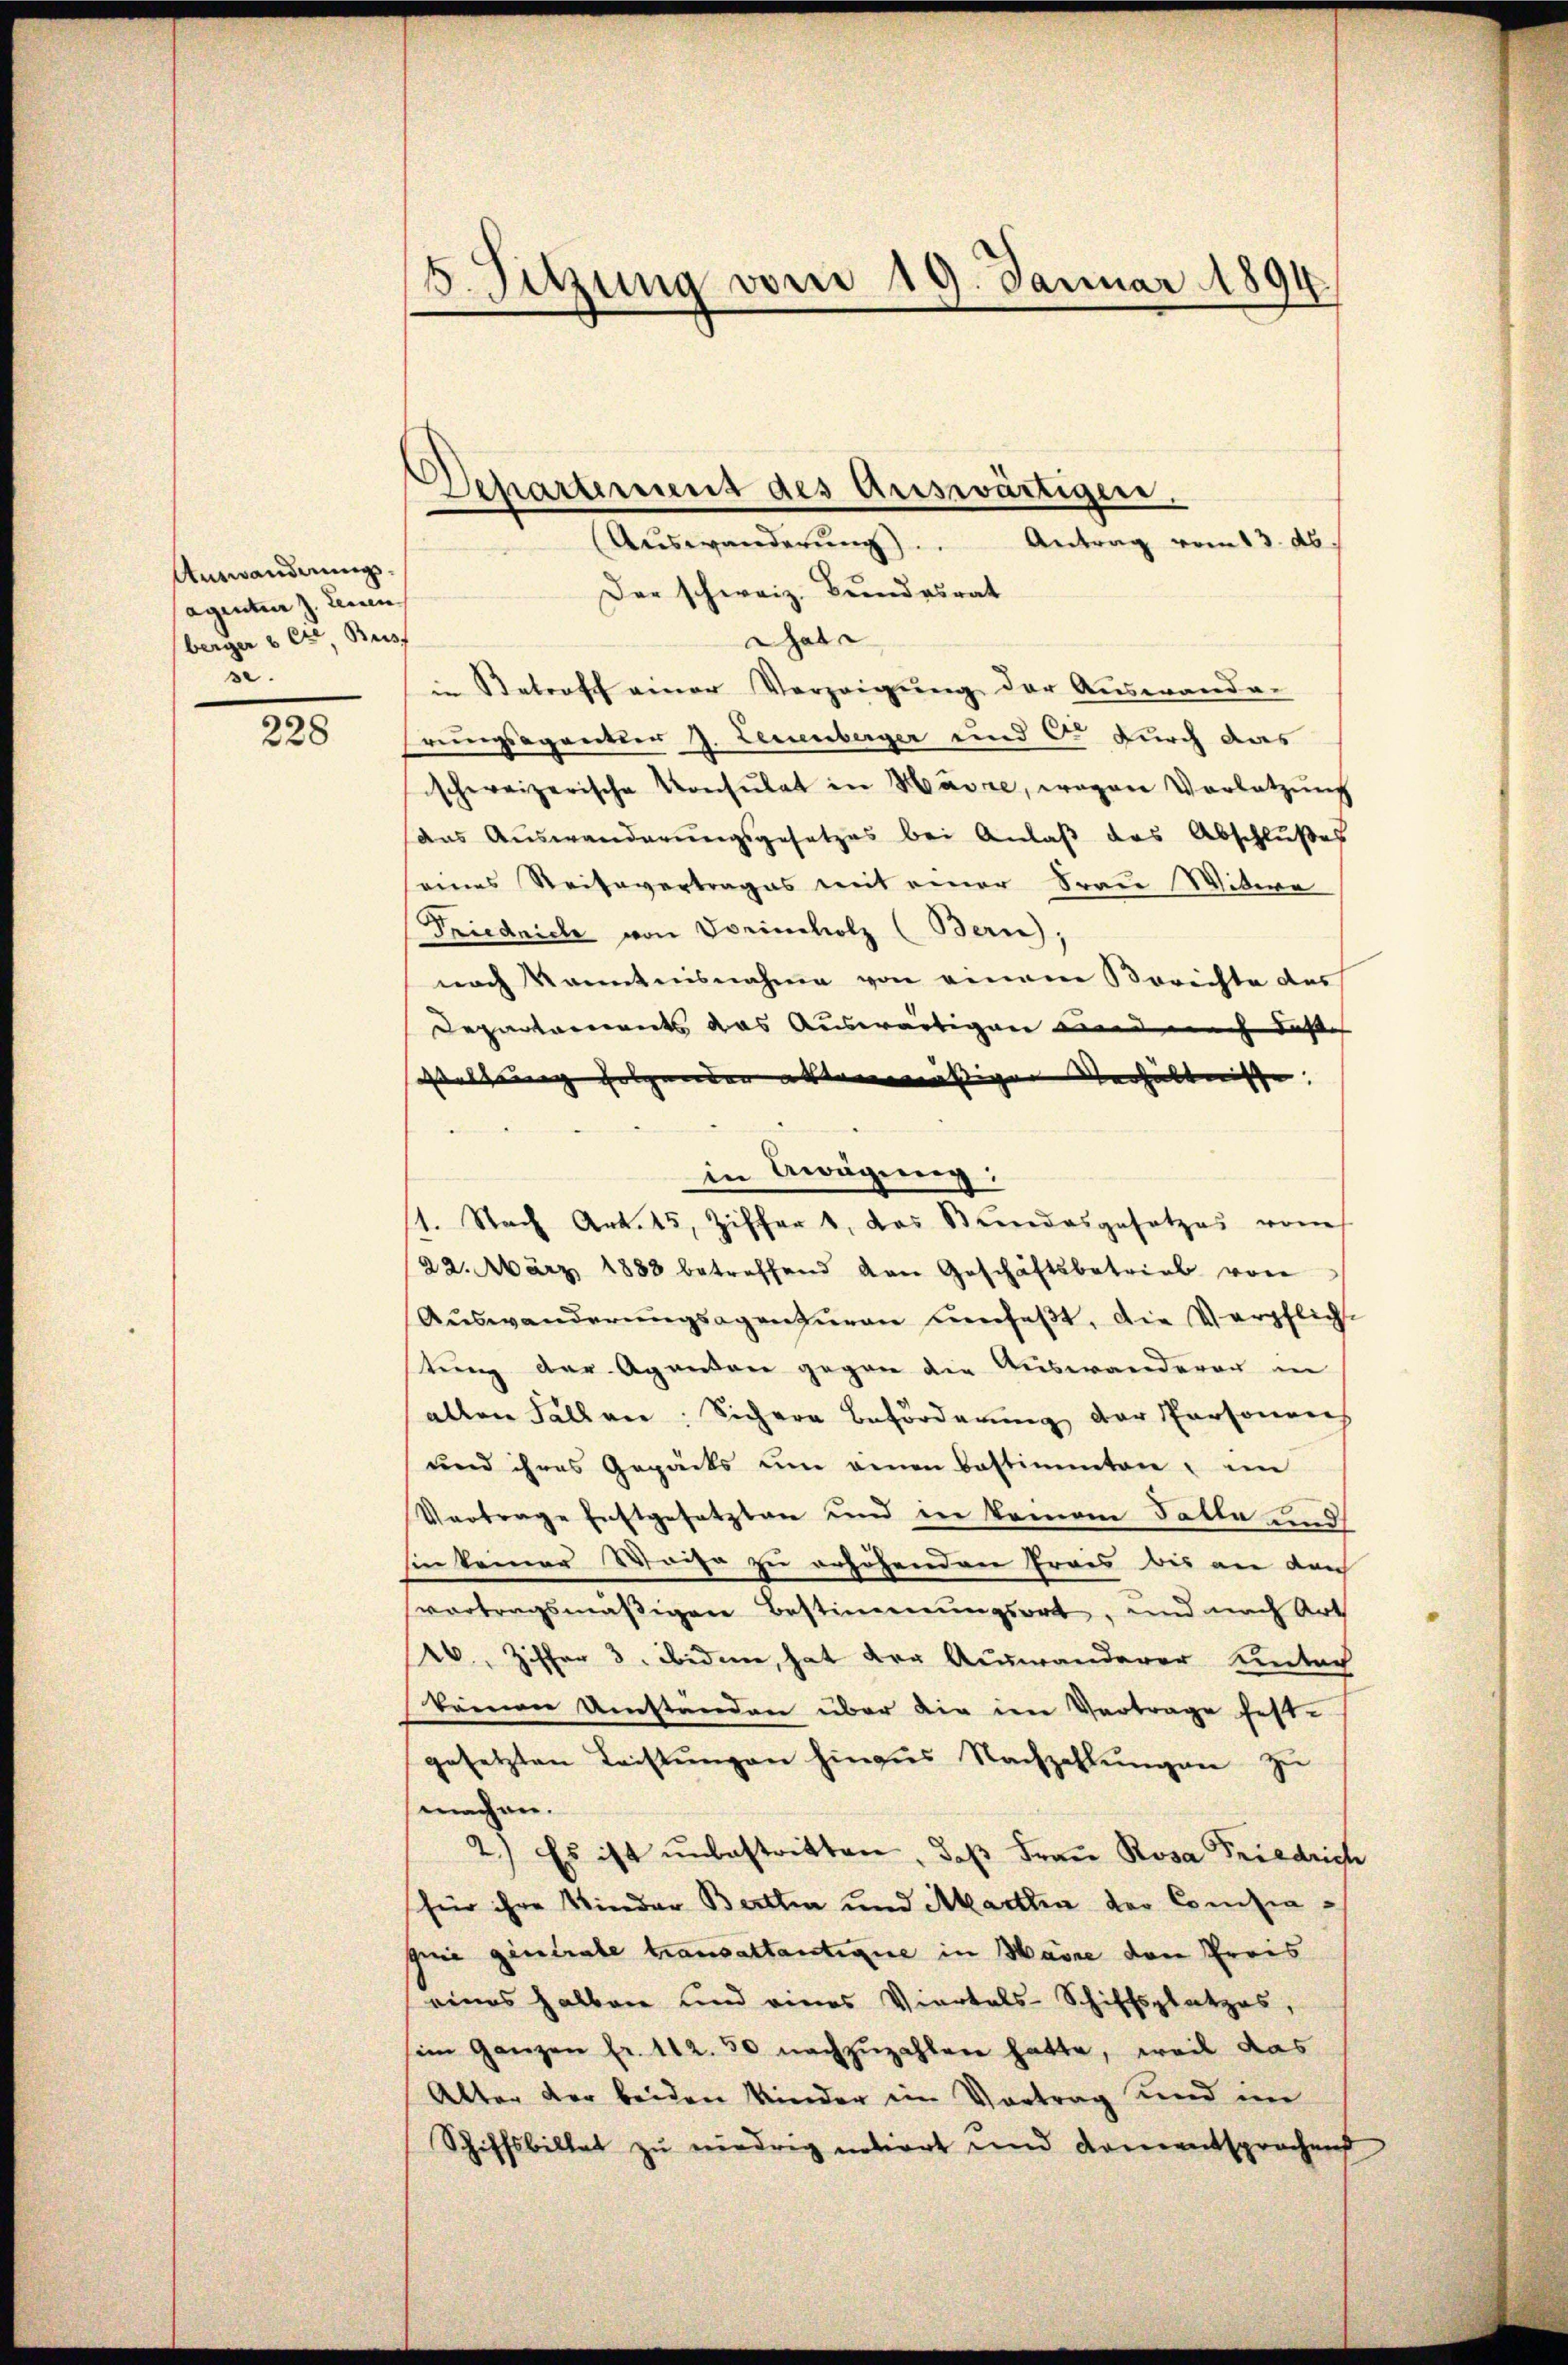
Auswandnungsagentur J. Leuen
berger & Cie, Buss
.

228

5. Sitzung vom 19. Januar 1894

Departement des Auswärtigen.
Aŭswanderŭng). Antrag vom 13. ds.
Der schweiz. Bundesrat
Gal
Retroff einer Verzeigŭng der Auswanda-
rungsagentier J. Leuenberger und C. durch das
schweizerische Konsulat in Havre, wegen Vorletzŭng
das Auswanderŭngsgesetzes bei Anlaβ das Abschlŭβes
seines Reisevertrages mit einer Frau Witwe
Friedrich von Seincholz (Bern,
nach Kenntnisnahme von einem Berichte des
Departements das Auswärtigen und nach dasse
Wolhnung folgenden altenmässiger Verhältnisse. |
1. Nach Art. 15, Ziffert, das Bundesgesetzes vom
22. März 1883 betreffend von Geschäftsbetrieb von
Auswanderŭngsagenzŭren umfaßt, die Verpflicht
stung der Agandon gegen die Auswanderen in
allen Fällen. Sichere Beförderung der Personens
und ihres Gepäcks um einen bestimmten im
Vertrage Enstgesetzten und in keinem Falle und
hin keiner Waise zu erhöhenden Praes bis an den
vortragsmäßigen Bestimmungsort, und nach Art
26 Ziffer 3. ibidem, hat der Auswanderer Einter
körnen Umständen über die im Vertrage fest-
gesetzten Leistŭngen hinaŭs Nachzahlŭngen zŭ
machen.
2.) Es ist ŭnbestritten, daβ Frau Rosa Friedrich
für ihre Kinder Berthin und Marthin der Consiagei gintrale transattantique in Havre den Preis
eines halben und eines Viertels-Schiffsplatzes,
im Ganzen fr. 112.50 nachzuzahlen hatte, weil das
Alter der beiden Kinder im Vortrag und im
Schiffsbillet zu niedrig notiert und Komentsprochens

in Erwägung: